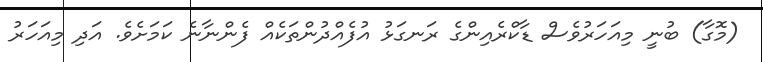
(މޮގާ) ބުނީ މިއަހަރުވެސް ޑާކްރެއިންގެ ރަނގަޅު އުފެއްދުންތަކެއް ފެންނާނެ ކަމަށެވެ. އަދި މިއަހަރު